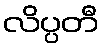
လိပ္ပတီ